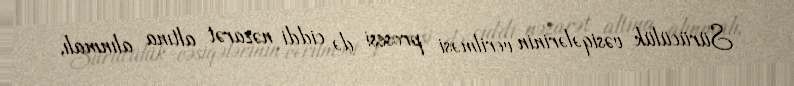
Sürücülük vəsiqələrinin verilməsi prosesi də ciddi nəzarət altına alınmalı,